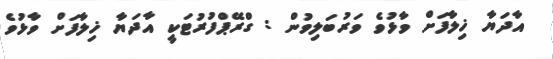
އާދަޔާ ޚިލާފަށް ވާޅުވެ ވަރުބަލިވުން : ގްރޭޕްފުރުޓަކީ އާދަޔާ ޚިލާފަށް ވާޅުވެ